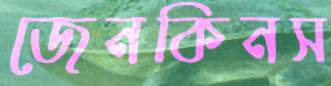
জেনকিনস